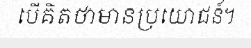
បើគិតថាមានប្រយោជន៍។